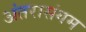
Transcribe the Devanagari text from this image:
अंतरासंगम